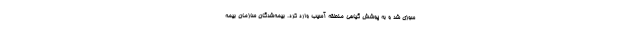
سوزی شد و به پوشش گیاهی منطقه آسیب وارد کرد. بیمه‌شدگان سازمان بیمه